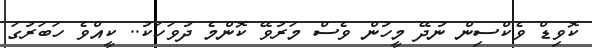
ކޮވިޑް ވެކްސިން ނުދޭ މީހުން ވެސް މަރުވޭ ކޮންމެ ދުވަހަކު.. ކީއްވެ ހަބަރުގަ